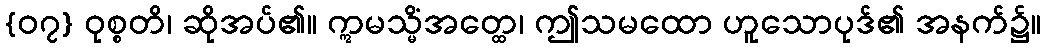
{၀၇} ဝုစ္စတိ၊ ဆိုအပ်၏။ ဣမသ္မိံအတ္ထေ၊ ဤသမထော ဟူသောပုဒ်၏ အနက်၌။